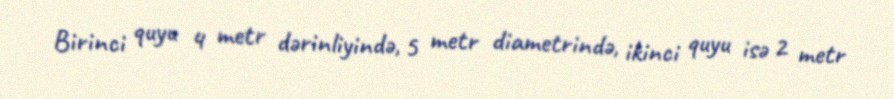
Birinci quyu 4 metr dərinliyində, 5 metr diametrində, ikinci quyu isə 2 metr